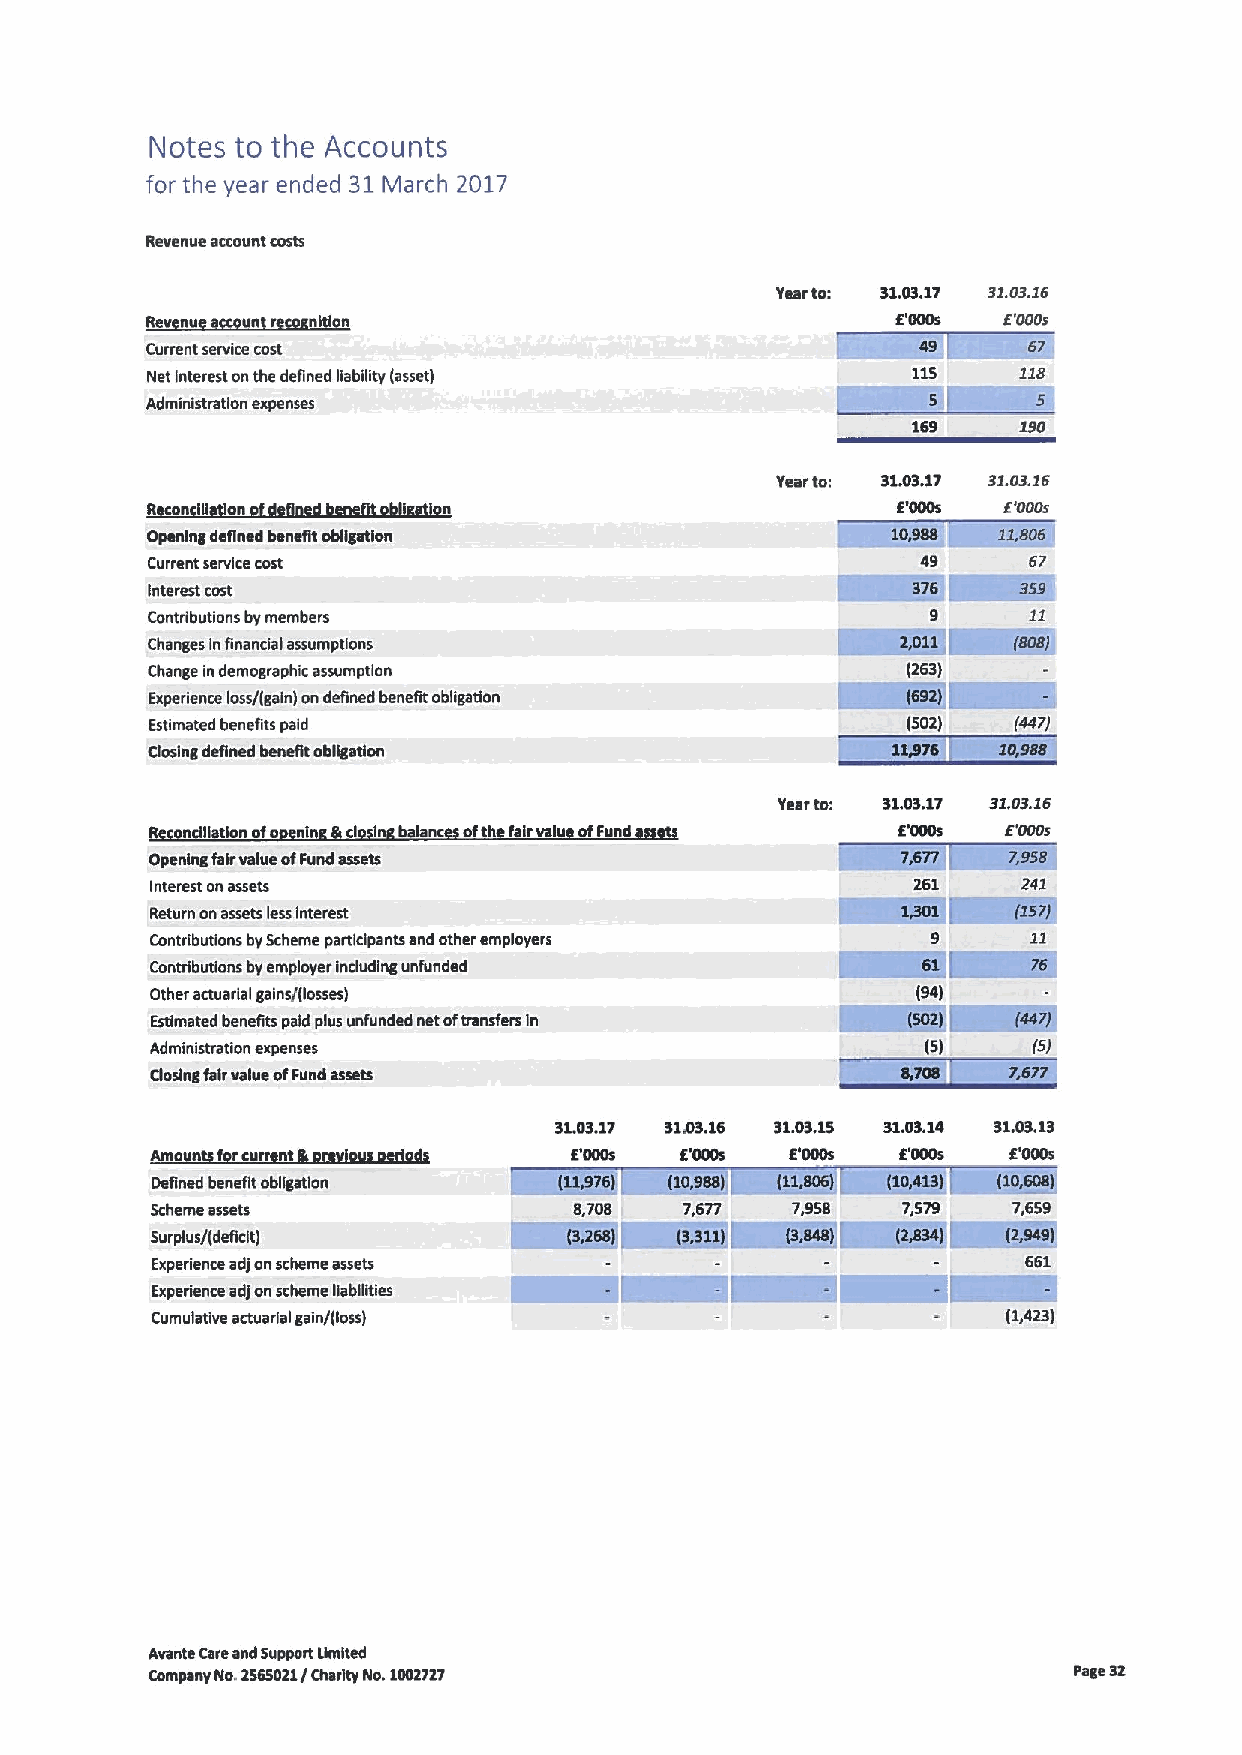
Notes to the Accounts
 for the year ended 31March 2017
 Revenue account costs
 Yeartoi $2.0$.17 31.03.16
 R Iiii ri n In                                   E'000s E'000s
 Current service cast                               49
 Net Interest onthe defined gabgity (asset)               118
 Administration expenses
 169    190
 Yearto: $1.03.17 31.03.16
 R n RI n Rn  n fltobl n                          E'000s 6'000s
 Opening defined benefit obggetlon
 Current service cost                               49     67
 Interest cost
 Contributions by members
 Changes inRnancial assumptions
 Change indemographic assumption
 Experience loss/(gain) ondeRned benefit obligation
 Estimated benefits paid                           (502)  (447)
 Closing defined benefit obggetlon
 Yearto. $1.0$.17 31.03.16
 ngi lonofo nl In b lane ofth falrvalu ofF n    5'000s  E'000s
 Opening fairvalue ofFund assets
 Interest on assets                                261     241
 Return an assets lessInterest
 Contributions byScheme participants and other employers
 Contributions by employer induding unfunded
 Other actuarial gains/(losses)
 Estimated benefits paid plus unfunded net oftransfers in
 Administration expenses                            (5)    (SJ
 Closing fairvalue ofFund assets
 $1.03.17 $1AI3.16 S1.03.15 31.03.14 $1.03.13
 Ama n f rcurr               E'000s E'000s 1'000s  E'000s E'000s
 OeRned benefit obggatlon
 Scheme assets           Wm$,70$ W  7R ,677IH7I,95I8 HR 7,579IHI7,659
 Surplus/(deficit)
 Experience adjan scheme assets
 Experience adjonscheme Rabgitles
 Cumulative actuarial gain/(loss)                         (1,423)
 Avanta Careand Support Umited
 Company No.2S6S021 /Charuy No.2002727                        Page 32